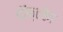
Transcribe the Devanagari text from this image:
डॉक्टरेत